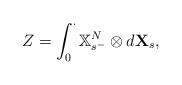
LaTeX: \begin{align*}Z=\int_0^\cdot \mathbb{X}^{N}_{s^-}\otimes d\mathbf{X}_s,\end{align*}